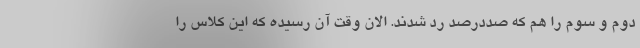
دوم و سوم را هم که صددرصد رد شدند. الان وقت آن رسیده که این کلاس را